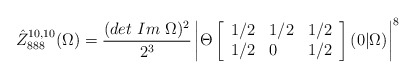
\begin{align*}\hat {Z}^{10,10}_{888} (\Omega )= \frac {(det \ Im \ \Omega )^2}{2^3}\left | \Theta \left[\begin{array} {lll}1/2 & 1/2 & 1/2\\1/2 & 0 & 1/2\end{array} \right](0 \vert \Omega) \right |^8\end{align*}